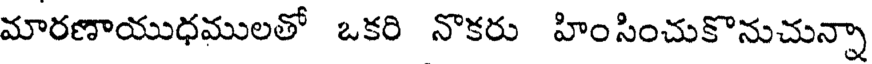
మారణాయుధములతో ఒకరి నొకరు హింసించుకొనుచున్నా